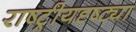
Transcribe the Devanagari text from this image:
राष्‍ट्रीयदृष्ट्या